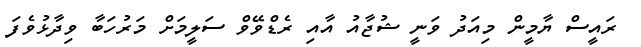
ރައީސް ޔާމީން މިއަދު ވަނީ ޝުޖާއު އާއި ރެޑްވޭވް ސަލީމަށް މަރުހަބާ ވިދާޅުވެފަ